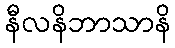
နီလနိဘာသာနိ